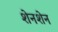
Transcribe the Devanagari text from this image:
शेनशेन